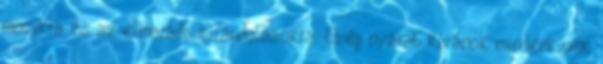
mozikra és az elmaradt kirándulásokra. Szép nyarat kívánok mindenkinek